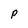
Character: p